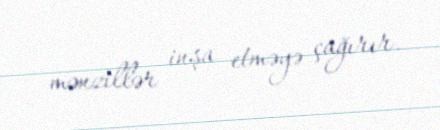
mənzillər inşa etməyə çağırır.